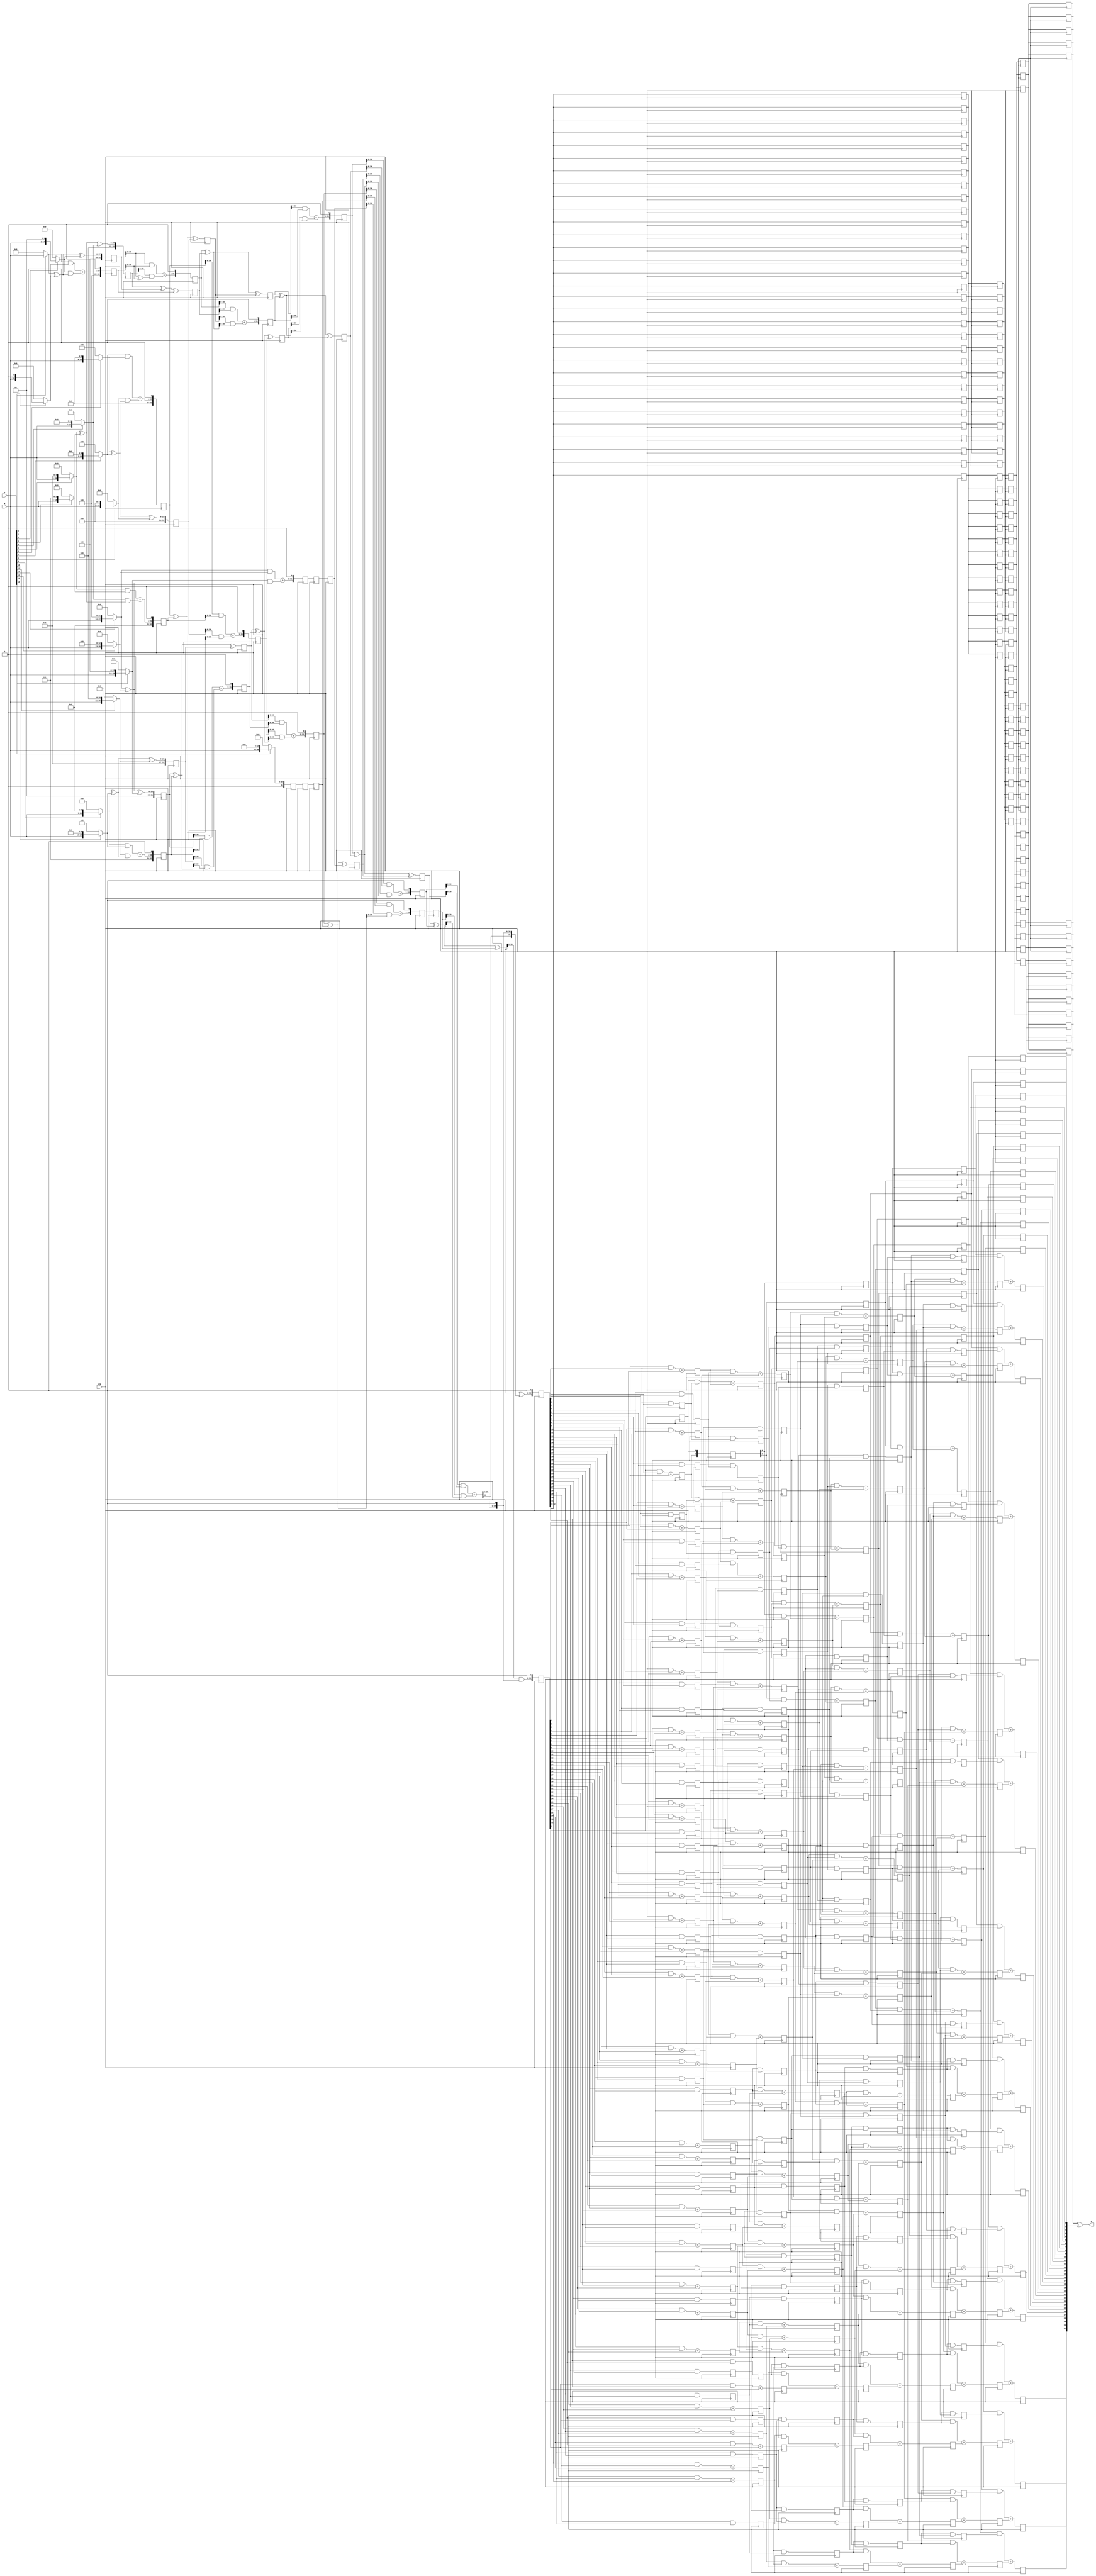
module WalMul(input [15:0] M,input [15:0] N,output [31:0] O,input clk);

wire [15:0] M,N;
wire [31:0] O;
wire [31:0] a1,a2,a3,a4,a5,a6,a7,a8,a9,a10,a11,a12,a13,a14,a15,a16;
reg [31:0] b1,b2,b3,b4,b5,b55,b6,b7,b8,b9,b10,b11,b12,b13,b14,a161,a162,a163;
reg [31:0] o1,o2,o3,o4,o5,o6,o7,o8,o9,o10,o11,o12,o13,o14,o51,o52,o131;
wire [31:0] b15,o15;

assign a1 = N[0]?{16'b0,M}:32'b0;   
assign a2 = N[1]?{15'b0,M,1'b0}:32'b0;   
assign a3 = N[2]?{14'b0,M,2'b0}:32'b0;   
assign a4 = N[3]?{13'b0,M,3'b0}:32'b0;   
assign a5 = N[4]?{12'b0,M,4'b0}:32'b0;   
assign a6 = N[5]?{11'b0,M,5'b0}:32'b0;   
assign a7 = N[6]?{10'b0,M,6'b0}:32'b0;   
assign a8 = N[7]?{9'b0,M,7'b0}:32'b0;
assign a9 = N[8]?{8'b0,M,8'b0}:32'b0;
assign a10 = N[9]?{7'b0,M,9'b0}:32'b0;
assign a11 = N[10]?{6'b0,M,10'b0}:32'b0;
assign a12 = N[11]?{5'b0,M,11'b0}:32'b0;
assign a13 = N[12]?{4'b0,M,12'b0}:32'b0;
assign a14 = N[13]?{3'b0,M,13'b0}:32'b0;
assign a15 = N[14]?{2'b0,M,14'b0}:32'b0;
assign a16 = N[15]?{1'b0,M,15'b0}:32'b0;

always @(posedge clk) begin
b1<=a1^ a2 ^ a3;
o1<={((a1 & a2)+(a3 & (a1 ^ a2))),1'b0};

b2<=a6 ^ a4 ^ a5;
o2<={((a6 & a4)+(a5 & (a6 ^ a4))),1'b0};

b3<=a7 ^ a8 ^ a9;
o3<={((a8 & a7)+(a9 & (a7 ^ a8))),1'b0};

b4<=a10 ^ a11 ^ a12;
o4<={((a10 & a11)+(a12 & (a10 ^ a11))),1'b0};

b5<=a13 ^ a14 ^ a15;
o5<={((a13 & a14)+(a15 & (a13 ^ a14))),1'b0};

a161<=a16;

b6<=b2 ^ b1 ^ o1;
o6<={((b1 & o1)+(b2 & (b1 ^ o1))),1'b0};

b7<=o3 ^ o2 ^ b3;
o7<={((o3 & o2)+(b3 & (o3 ^ o2))),1'b0};

b8<=b5 ^ o4 ^ b4;
o8<={((b5 & o4)+(b4 & (b5 ^ o4))),1'b0};

o51<=o5;
a162<=a161;

b10<=o6 ^ b6 ^ b7;
o10<={((o6 & b6)+(b7 & (o6 ^ b6))),1'b0};

b11<=b8 ^ o8 ^ o7;
o11<={((b8 & o8)+(o7 & (b8 ^ o8))),1'b0};

o52<=o51;
a163<=a162;

b12<=b10 ^ o10 ^ b11;
o12<={((b10 & o10)+(b11 & (b10 ^ o10))),1'b0};

b13<=o11 ^ a163 ^ o52;
o13<={((o11 & a163)+(o52 & (o11 ^ a163))),1'b0};


b14<=o12 ^ b12 ^ b13;
o14<={((o12 & b12)+(b13 & (o12 ^ b12))),1'b0};

o131<=o13;

end
assign b15=b14 ^ o14 ^ o131;
assign o15={((o14 & b14)+(o131 & (b14 ^ o14))),1'b0};

reg [31:0] D1,D2,D3,D4,D5,P1,P2,P3,P4,XO1,XO2,XO3,XO4,XO5;  
    reg [32:0] D,P; 
    always @(posedge clk) 
    begin
    P<={b15^o15,1'b0};
    D<={b15&o15,1'b0};
    end
    genvar k;
    generate
    for(k=1;k<32;k=k+1) 
	begin:FS
        always @(posedge clk) 
	begin
        D1[k]<=(D[k-1] & P[k]) + D[k];
        P1[k]<=P[k] & P[k-1];
        XO1<=P[32:1];
        end
    end
    for(k=2;k<32;k=k+1) 
	begin:SS
        always @(posedge clk) 
	begin
        D2[k]<=(D1[k-2] & P1[k]) + D1[k];
        P2[k]<=P1[k] & P1[k-2];
        XO2<=XO1;
        end
    end
    for(k=4;k<32;k=k+1) 
	begin:TS  
        always @(posedge clk) 
	begin
        D3[k]<=(D2[k-4] & P2[k]) + D2[k];
        P3[k]<=P2[k] & P2[k-4];
        XO3<=XO2;
        end
    end
    for(k=8;k<32;k=k+1) 
	begin:FFS
        always @(posedge clk) 
	begin
        D4[k]<=(D3[k-8] & P3[k]) + D3[k];
        P4[k]<=P3[k] & P3[k-8];
        XO4<=XO3;
        end
    end
    for(k=16;k<32;k=k+1) 
	begin:FFFS
    	always @(posedge clk) 
	begin
        D5[k]<=(D4[k-16] & P4[k]) + D4[k];
        XO5<=XO4;
        end
    end
    always@(posedge clk) 
    begin
    D1[0]<=D[0];

    D2[0]<=D1[0];
    D2[1]<=D1[1];
    end

    for(k=0;k<4;k=k+1)
        always @(posedge clk) D3[k]<=D2[k];

    for(k=0;k<8;k=k+1)
        always @(posedge clk) D4[k]<=D3[k]; 
        
    for(k=0;k<16;k=k+1)
    	always @(posedge clk) D5[k]<=D4[k];
    
    endgenerate

    assign O=XO5 ^ D5;
endmodule